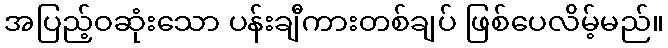
အပြည့်ဝဆုံးသော ပန်းချီကားတစ်ချပ် ဖြစ်ပေလိမ့်မည်။